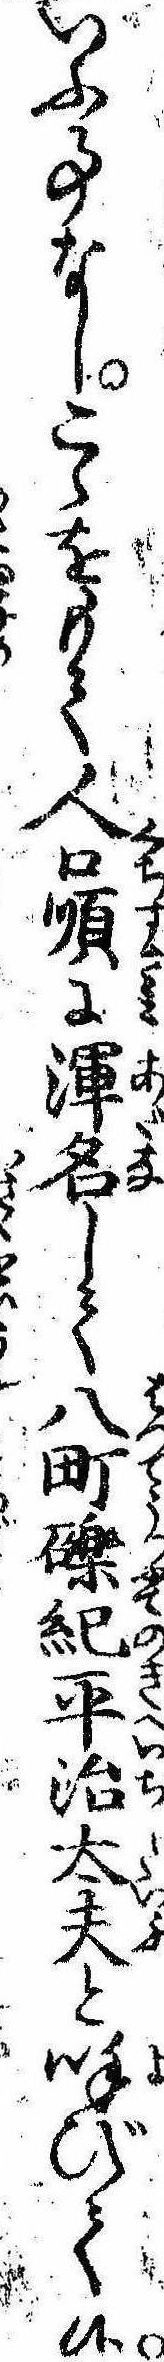
いふ事なしこゝをもて人口順に渾名して八町礫紀平治太夫と呼びて候